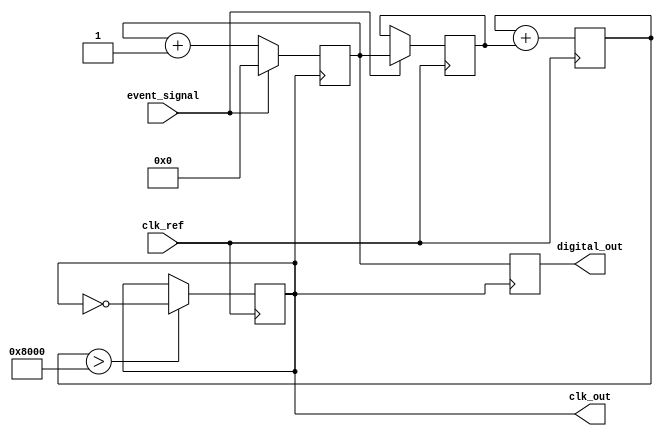
module TDC_PLL (
    input wire clk_ref,           // Reference clock input
    input wire event_signal,      // Input event signal
    output reg [15:0] digital_out, // Digital output (time interval)
    output wire clk_out           // Output clock from VCO
);

    // PLL parameters
    parameter VCO_FREQ = 100;     // VCO frequency in MHz
    parameter COUNTER_WIDTH = 16;  // Width of the counter

    // Internal signals
    reg [COUNTER_WIDTH-1:0] counter; // Counter for measuring time interval
    reg vco_clk;                     // VCO clock signal
    reg [15:0] phase_error;          // Phase error signal

    // Phase Detector
    always @(posedge clk_ref) begin
        if (event_signal) begin
            // Measure phase difference
            phase_error <= counter; // Simplified phase error calculation
        end
    end

    // Loop Filter (simple integrator for demonstration)
    reg [15:0] loop_filter_output;
    always @(posedge clk_ref) begin
        loop_filter_output <= loop_filter_output + phase_error;
    end

    // Voltage-Controlled Oscillator (VCO)
    always @(posedge clk_ref) begin
        if (loop_filter_output > 16'h8000) begin
            vco_clk <= ~vco_clk; // Toggle VCO clock based on loop filter output
        end
    end

    // Clock Output
    assign clk_out = vco_clk;

    // Time Measurement Logic
    always @(posedge vco_clk) begin
        if (event_signal) begin
            counter <= 0; // Reset counter on event signal
        end else begin
            counter <= counter + 1; // Increment counter
        end
    end

    // Digital Output
    always @(posedge vco_clk) begin
        digital_out <= counter; // Capture the counter value as digital output
    end

endmodule